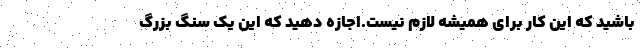
باشید که این کار برای همیشه لازم نیست.اجازه دهید که این یک سنگ بزرگ